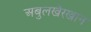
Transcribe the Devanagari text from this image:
अबुलखैरखान